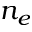
n _ { e }